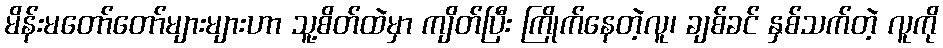
မိန်းမတော်တော်များများဟာ သူ့စိတ်ထဲမှာ ကျိတ်ပြီး ကြိုက်နေတဲ့လူ၊ ချစ်ခင် နှစ်သက်တဲ့ လူကို